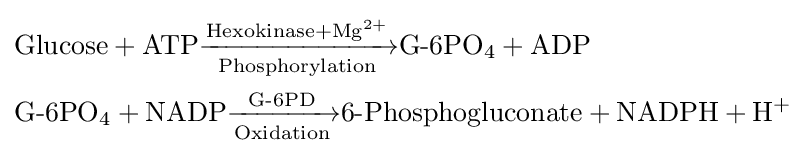
{\begin{alignedat}{2}&\mathrm {Glucose} +\mathrm {ATP} {\xrightarrow[{\mathrm {Phosphorylation} }]{\mathrm {Hexokinase} +\mathrm {Mg} ^{2+}}}{\textrm {G-6PO}}_{4}+\mathrm {ADP} \\&{\textrm {G-6PO}}_{4}+\mathrm {NADP} {\xrightarrow[{\mathrm {Oxidation} }]{\textrm {G-6PD}}}{\textrm {6-Phosphogluconate}}+\mathrm {NADPH} +\mathrm {H} ^{+}\\\end{alignedat}}